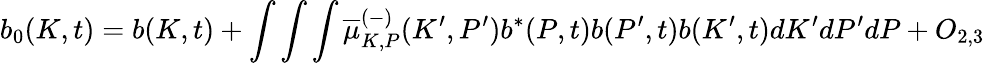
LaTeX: b_{0}(K,t)=b(K,t)+\int\int\int\overline{{{\mu}}}_{K,P}^{(-)}(K^{\prime},P^{\prime})b^{\ast}(P,t)b(P^{\prime},t)b(K^{\prime},t)dK^{\prime}dP^{\prime}dP+O_{2,3}